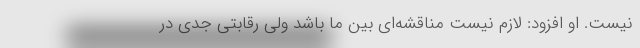
نیست. او افزود: لازم نیست مناقشه‌ای بین ما باشد ولی رقابتی جدی در